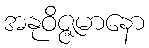
အနုဝိဇ္ဇမာနော